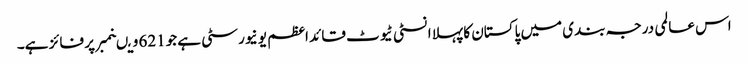
اس عالمی درجہ بندی میں پاکستان کا پہلا انسٹی ٹیوٹ قائد اعظم یو نیورسٹی ہے جو621 ویںنمبر پر فائز ہے۔